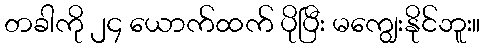
တခါကို ၂၄ ယောက်ထက် ပိုပြီး မကျွေးနိုင်ဘူး။